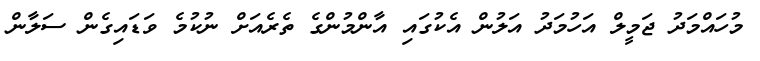
މުހައްމަދު ޖަމީލް އަހުމަދު އަލުން އެކުގައި އާންމުންގެ ތެރެއަށް ނުކުމެ ވަޑައިގެން ސަލާން